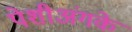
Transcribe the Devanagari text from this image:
पेशीअंगके